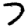
Digit: 7